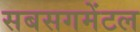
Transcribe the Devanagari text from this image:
सबसगमेंटल